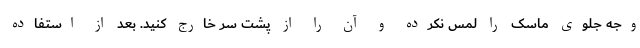
وجه جلوی ماسک را لمس نکرده و آن را از پشت سر خارج کنید. بعد از استفاده